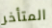
المتأخر